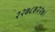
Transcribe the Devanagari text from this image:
२२७८७२२७।